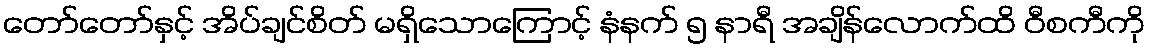
တော်တော်နှင့် အိပ်ချင်စိတ် မရှိသောကြောင့် နံနက် ၅ နာရီ အချိန်လောက်ထိ ဝီစကီကို